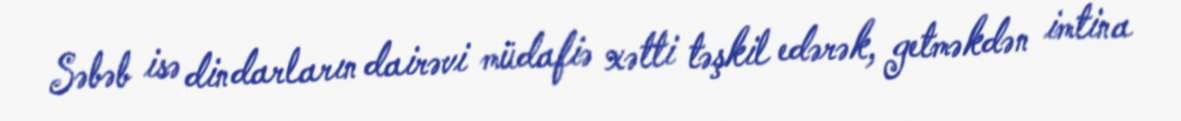
Səbəb isə dindarların dairəvi müdafiə xətti təşkil edərək, getməkdən imtina